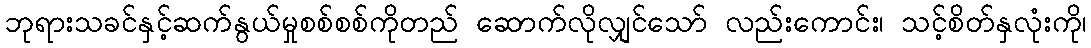
ဘုရားသခင်နှင့်ဆက်နွယ်မှုစစ်စစ်ကိုတည် ဆောက်လိုလျှင်သော် လည်းကောင်း၊ သင့်စိတ်နှလုံးကို၊